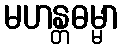
မဟန္တဓမ္မာ